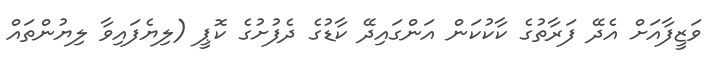
ވަޒީފާއަށް އެދޭ ފަރާތުގެ ކާކުކަން އަންގައިދޭ ކާޑުގެ ދެފުށުގެ ކޮޕީ (ލިޔެފައިވާ ލިޔުންތައް